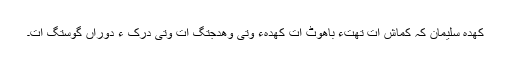
کَھدہ سِلیمان کہ کماش اَت تھتءِ باھوٹ اَت کھدہءَ وتی وھدجتگ اَت وتی دِرک ءُُ دوراں گوستگ اَت۔